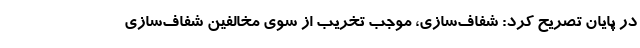
در پایان تصریح کرد: شفاف‌سازی، موجب تخریب از سوی مخالفین شفاف‌سازی